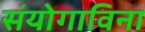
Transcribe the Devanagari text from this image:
संयोगाविना